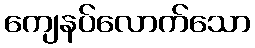
ကျေနပ်လောက်သော